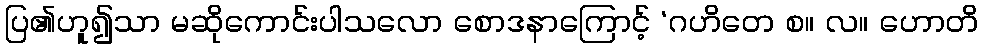
ပြ၏ဟူ၍သာ မဆိုကောင်းပါသလော စောဒနာကြောင့် ‘ဂဟိတေ စ။ လ။ ဟောတိ